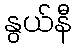
နွယ်နီ